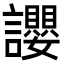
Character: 𧮆